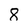
Character: 8